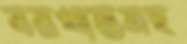
বরখাস্তসহ